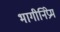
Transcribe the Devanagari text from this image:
भागीनिप्रेम